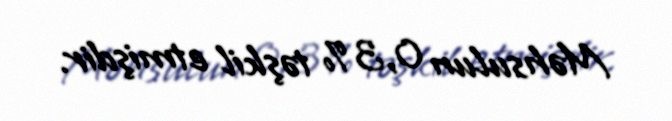
Məhsulun 0,3 % təşkil etmişdir.